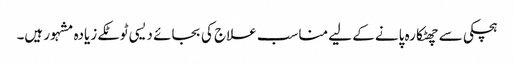
ہچکی سے چھٹکارہ پانے کے لیے مناسب علاج کی بجائے دیسی ٹوٹکے زیادہ مشہور ہیں۔